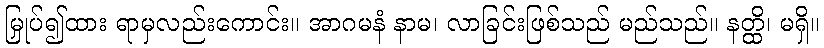
မြှုပ်၍ထား ရာမှလည်းကောင်း။ အာဂမနံ နာမ၊ လာခြင်းဖြစ်သည် မည်သည်။ နတ္ထိ၊ မရှိ။